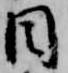
目